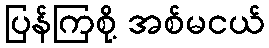
ပြန်ကြစို့ အစ်မငယ်